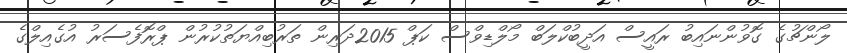
ލޯންޗުގެ ގޮވުންނައިބު ރައީސް އަދީބުކްލަބް މޯލްޑިވްސް ކަޕް 2015ދަރިން ތަރުބިއްޔަތުކުރުން ޕްރޮފެސަރު އުގެއިލްގެ